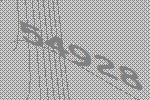
54928